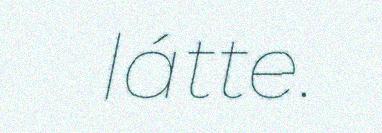
látte.